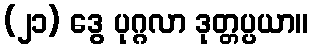
(၂၁) ဒွေ ပုဂ္ဂလာ ဒုတ္တပ္ပယာ။